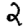
Digit: 2